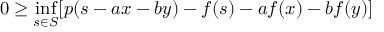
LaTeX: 0 \geq \operatorname* { i n f } _ { s \in S } [ p ( s - a x - b y ) - f ( s ) - a f ( x ) - b f ( y ) ]